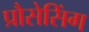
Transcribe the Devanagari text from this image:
प्रौसेसिंग